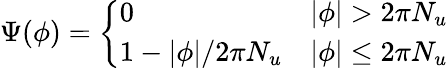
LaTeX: \begin{array}{r}{\Psi(\phi)=\left\{ \begin{array}{ll}{0}&{|\phi|>2\pi N_{u}}\\ {1-|\phi|/2\pi N_{u}}&{|\phi|\le 2\pi N_{u}}\end{array}\right.}\end{array}